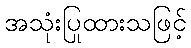
အသုံးပြုထားသဖြင့်